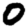
Digit: 0